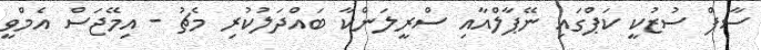
ސާފް ސުޒުކީ ކަޕްގައި ނޭޕާލްއާއި ސްރީލަންކާ ބައްދަލުކުރި މެޗު - އިމޭޖަސް އެމްވީ